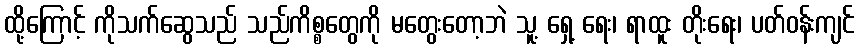
ထို့ကြောင့် ကိုသက်ဆွေသည် သည်ကိစ္စတွေကို မတွေးတော့ဘဲ သူ့ ရှေ့ ရေး၊ ရာထူး တိုးရေး၊ ပတ်ဝန်းကျင်